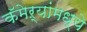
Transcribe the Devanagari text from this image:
कॅमेऱ्यांमध्ये